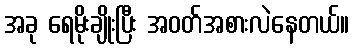
အခု ရေမိုးချိုးပြီး အဝတ်အစားလဲနေတယ်။